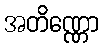
အတိဏ္ဏော